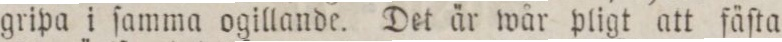
gripa i ſamma ogillande. Det är wår pligt att fäſta